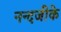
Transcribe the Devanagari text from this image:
नन्दजीके